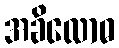
အခိလောဓ